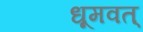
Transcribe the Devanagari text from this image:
धूमवत्